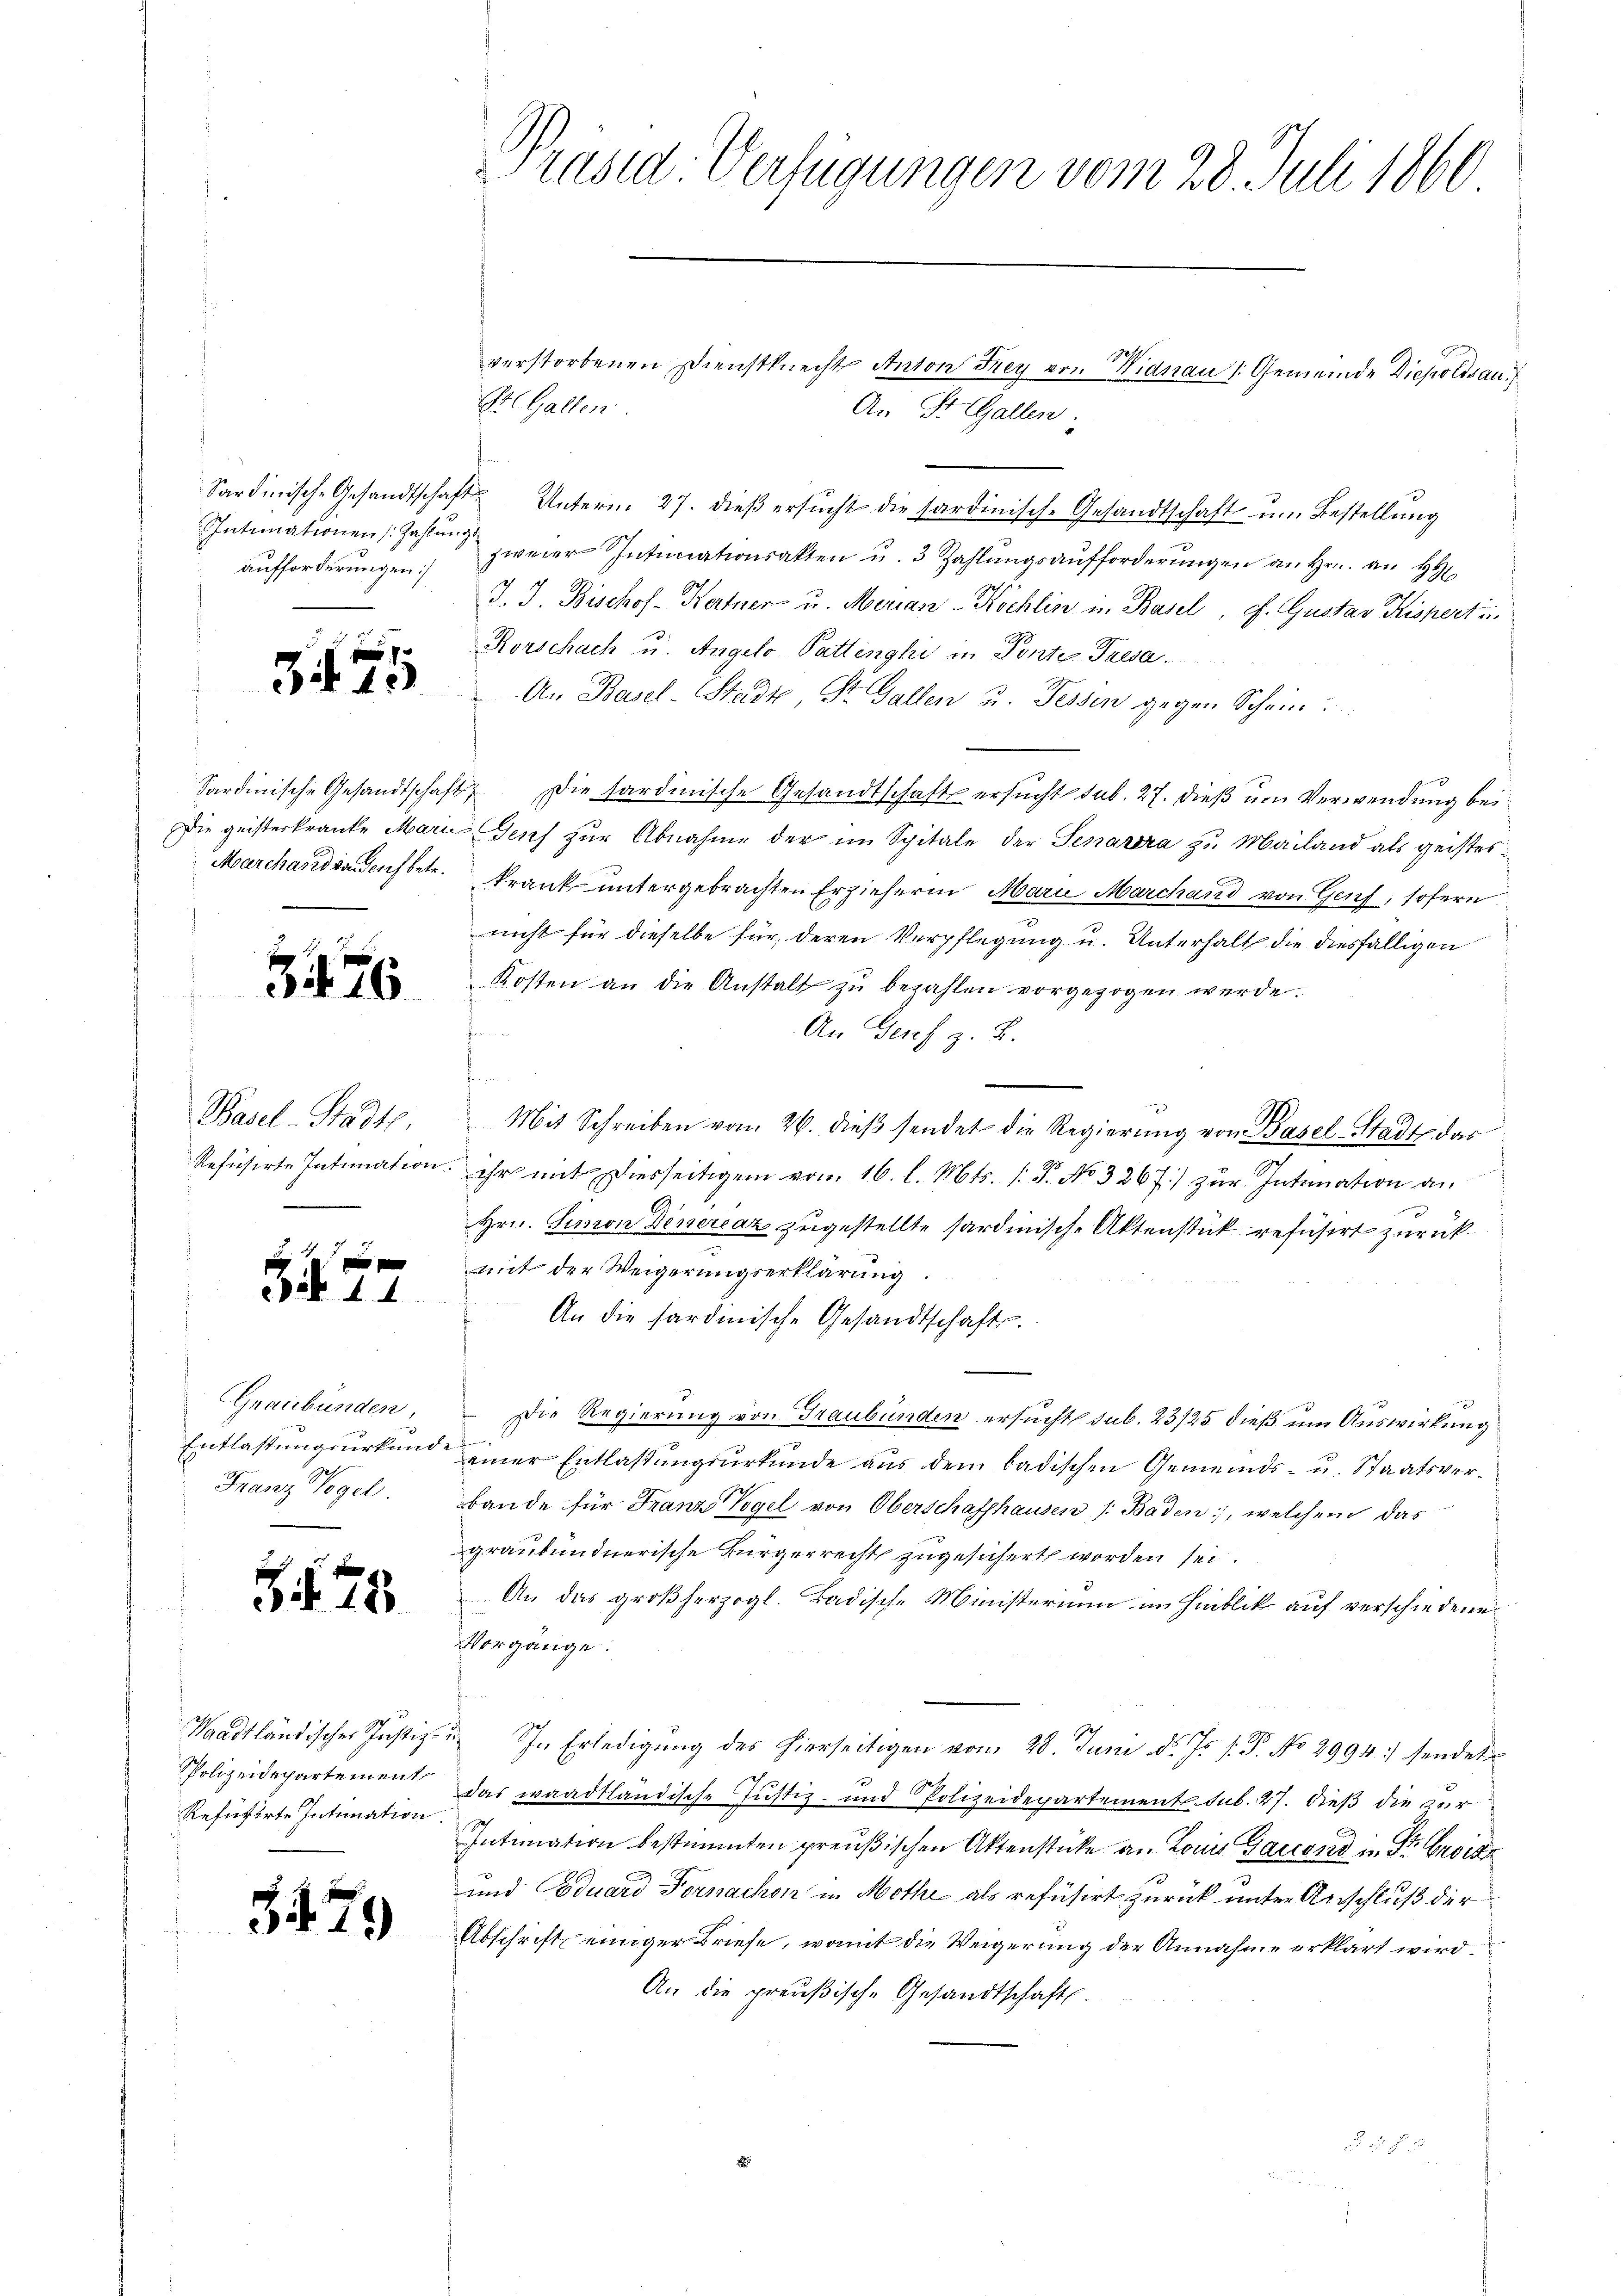
aufforderungen]

375

Marchard in Teich betr.

376

Basel-Stadtr.
Refüsirte Intimation.
.

3

77

Graubünden,
Entlastungsurkund
Franz Vogel.

Z. 78

Waadtländischer Justiz-
PPolizeidepartement
Refüsierte Intimation

3479

St. Gallen.
An St. Gallen:
Sardinische Gesandtschaft Unterm 27. dieβ ersŭcht die sardinisch-Gesandtschaft ŭm Bestellŭng
Intimationen Jahren zweier Intimationsakten u. 3 Zahlŭngsaufforderŭngen an Hrn. an H
J. J. Bischof - Hartner u. Merian-Köchlin in Basel, P. Gustav Kisperti
Rorschach u. Angelo-Pattinghi in Ponte Tresa
An Basel-Stadt, Sr. Gallen u. Tessin gegen Schein.
Sardinische Gesandtschaft. Die tardinische Gesandtschaft ersucht sub. 27. dieß um Verwendung bei
Die geisterkranke Marie Gesch zur Abnahme der im Spitale der Senarera zu Mailand als geisteskrank untergebrachten Erzieherin Mara Marchand von Genf, sofern
nicht für dieselbe für deren Verpflegung u. Unterhalt die diesfälligen
Kosten an die Anstalt zu bezahlen vorgezogen werde.
igerner wir
An Geres z. B.
den
Mit Schreiben vom 26. dieβ sendet die Regierung von Basel-Stadt das
ihr mit Diesseitigen vom 16. l. Mts. 1. P. No 3267.) zur Intimation an
Hrn. Simon Dinereaz zugestellte sardinische Aktenstück refüsirt zurück
mit der Weigerungserklärung.
 An die fardmische Gesandtschaft.
 Die Regierung von Graubünden ersucht sub. 23/25 dieß um Auswirkung
einer Entlaßungsurkunde aus dem badischen Gemeinds- u. Staatsverbande für Franz Vogel von Oberschaffhausen /: Baden, welchem das
graubündnerische Bürgerrechts zugesichert worden sei.
An das großherzogl. Badische Ministerium im Hinblik auf verschiedene
Vorgänge.
 In Erledigung des hierseitigen vom 28. Juni d. Js. s. P. No 2994) sendet
das waadtländische Justiz- und Polizeidepartement. sub. 27. dieß die Zur
 18
Intimation bestimmten preußischen Aktenstücke an Louis Gaccent in Sr. Ersitz
und Eduard Fornachen in Mothe als refüsirt zurück unter Anschluß der
Abschrift einiger Briefe, womit die Weigerung der Annahme erklärt wird.
An die preußische Gesandtschaft.
 s. f. 1

Präsid. Verfügungen vom 28. Juli 1860

3
verstorbenen Dienstknecht Anton Frey von Hidnau /:Gemeinde Diepoldsau